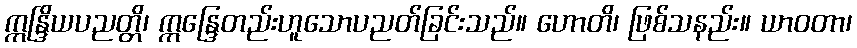
ဣန္ဒြိယပညတ္တိ၊ ဣန္ဒြေတည်းဟူသောပညတ်ခြင်းသည်။ ဟောတိ၊ ဖြစ်သနည်း။ ယာဝတာ၊